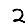
Digit: 2